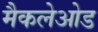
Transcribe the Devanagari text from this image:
मैकलेओड